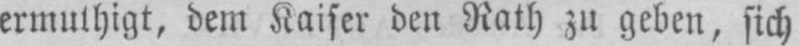
ermuthigt, dem Kaiser den Rath zu geben, sich